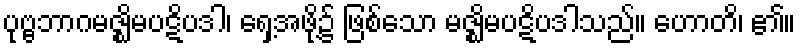
ပုဗ္ဗဘာဂမဇ္ဈိမပဋိပဒါ၊ ရှေ့အဖို့၌ ဖြစ်သော မဇ္ဈိမပဋိပဒါသည်။ ဟောတိ၊ ၏။